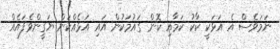
ނަމަވެސް އެ އަޅަކީ ކާކު ކަމާއި ކޮން ގައުމަކުން އައި އަޅެއްކަން ޔަގީންވެފައެއް